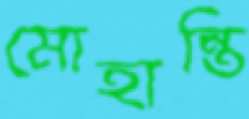
মোহান্তি